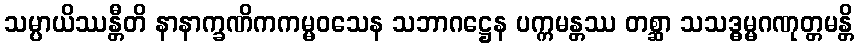
သမ္ပာယိဿန္တီတိ နာနာက္ခဏိကကမ္မဝသေန သဘာဂဋ္ဌေန ပက္ကမန္တဿ တစ္ဆာ သသဒ္ဓမ္မဂဏုတ္တမန္တိ